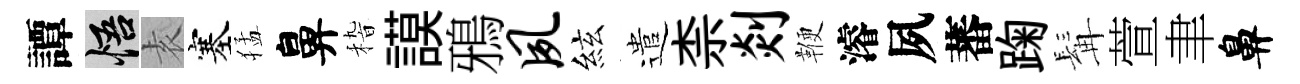
譚悟𡊮塞猛鼻𥟵謨鴉夙絃遣柰剡鞭濬夙蕃踘髯萱聿鼻